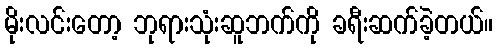
မိုးလင်းတော့ ဘုရားသုံးဆူဘက်ကို ခရီးဆက်ခဲ့တယ်။